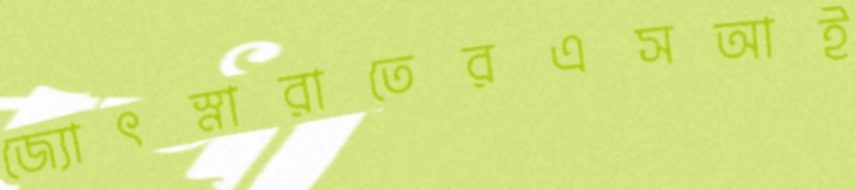
জ্যোৎস্নারাতেরএসআই